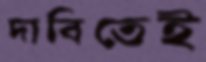
দাবিতেই